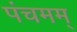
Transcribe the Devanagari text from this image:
पंचमम्